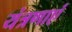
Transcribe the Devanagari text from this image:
यंत्रणाएं